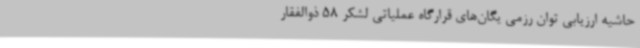
حاشیه ارزیابی توان رزمی یگان‌های قرارگاه عملیاتی لشکر 58 ذوالفقار